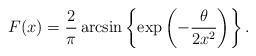
\begin{align*}F(x) = \frac{2}{\pi}\arcsin \left\{\exp\left(-\frac{\theta}{2 x^2}\right)\right\}.\end{align*}